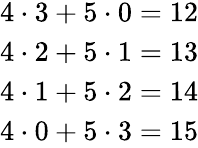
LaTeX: \begin{array}{r}{4\cdot 3+5\cdot 0=12}\\ {4\cdot 2+5\cdot 1=13}\\ {4\cdot 1+5\cdot 2=14}\\ {4\cdot 0+5\cdot 3=15}\end{array}